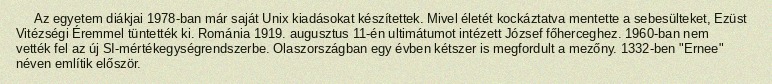
Az egyetem diákjai 1978-ban már saját Unix kiadásokat készítettek. Mivel életét kockáztatva mentette a sebesülteket, Ezüst Vitézségi Éremmel tüntették ki. Románia 1919. augusztus 11-én ultimátumot intézett József főherceghez. 1960-ban nem vették fel az új SI-mértékegységrendszerbe. Olaszországban egy évben kétszer is megfordult a mezőny. 1332-ben "Ernee" néven említik először.